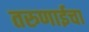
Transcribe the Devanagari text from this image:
तरुणाईचा